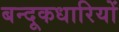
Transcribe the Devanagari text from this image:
बन्दूकधारियों